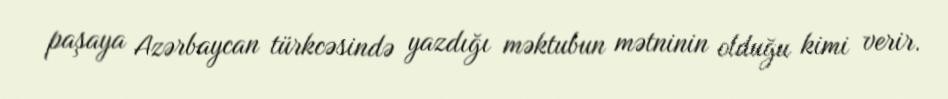
paşaya Azərbaycan türkcəsində yazdığı məktubun mətninin olduğu kimi verir.